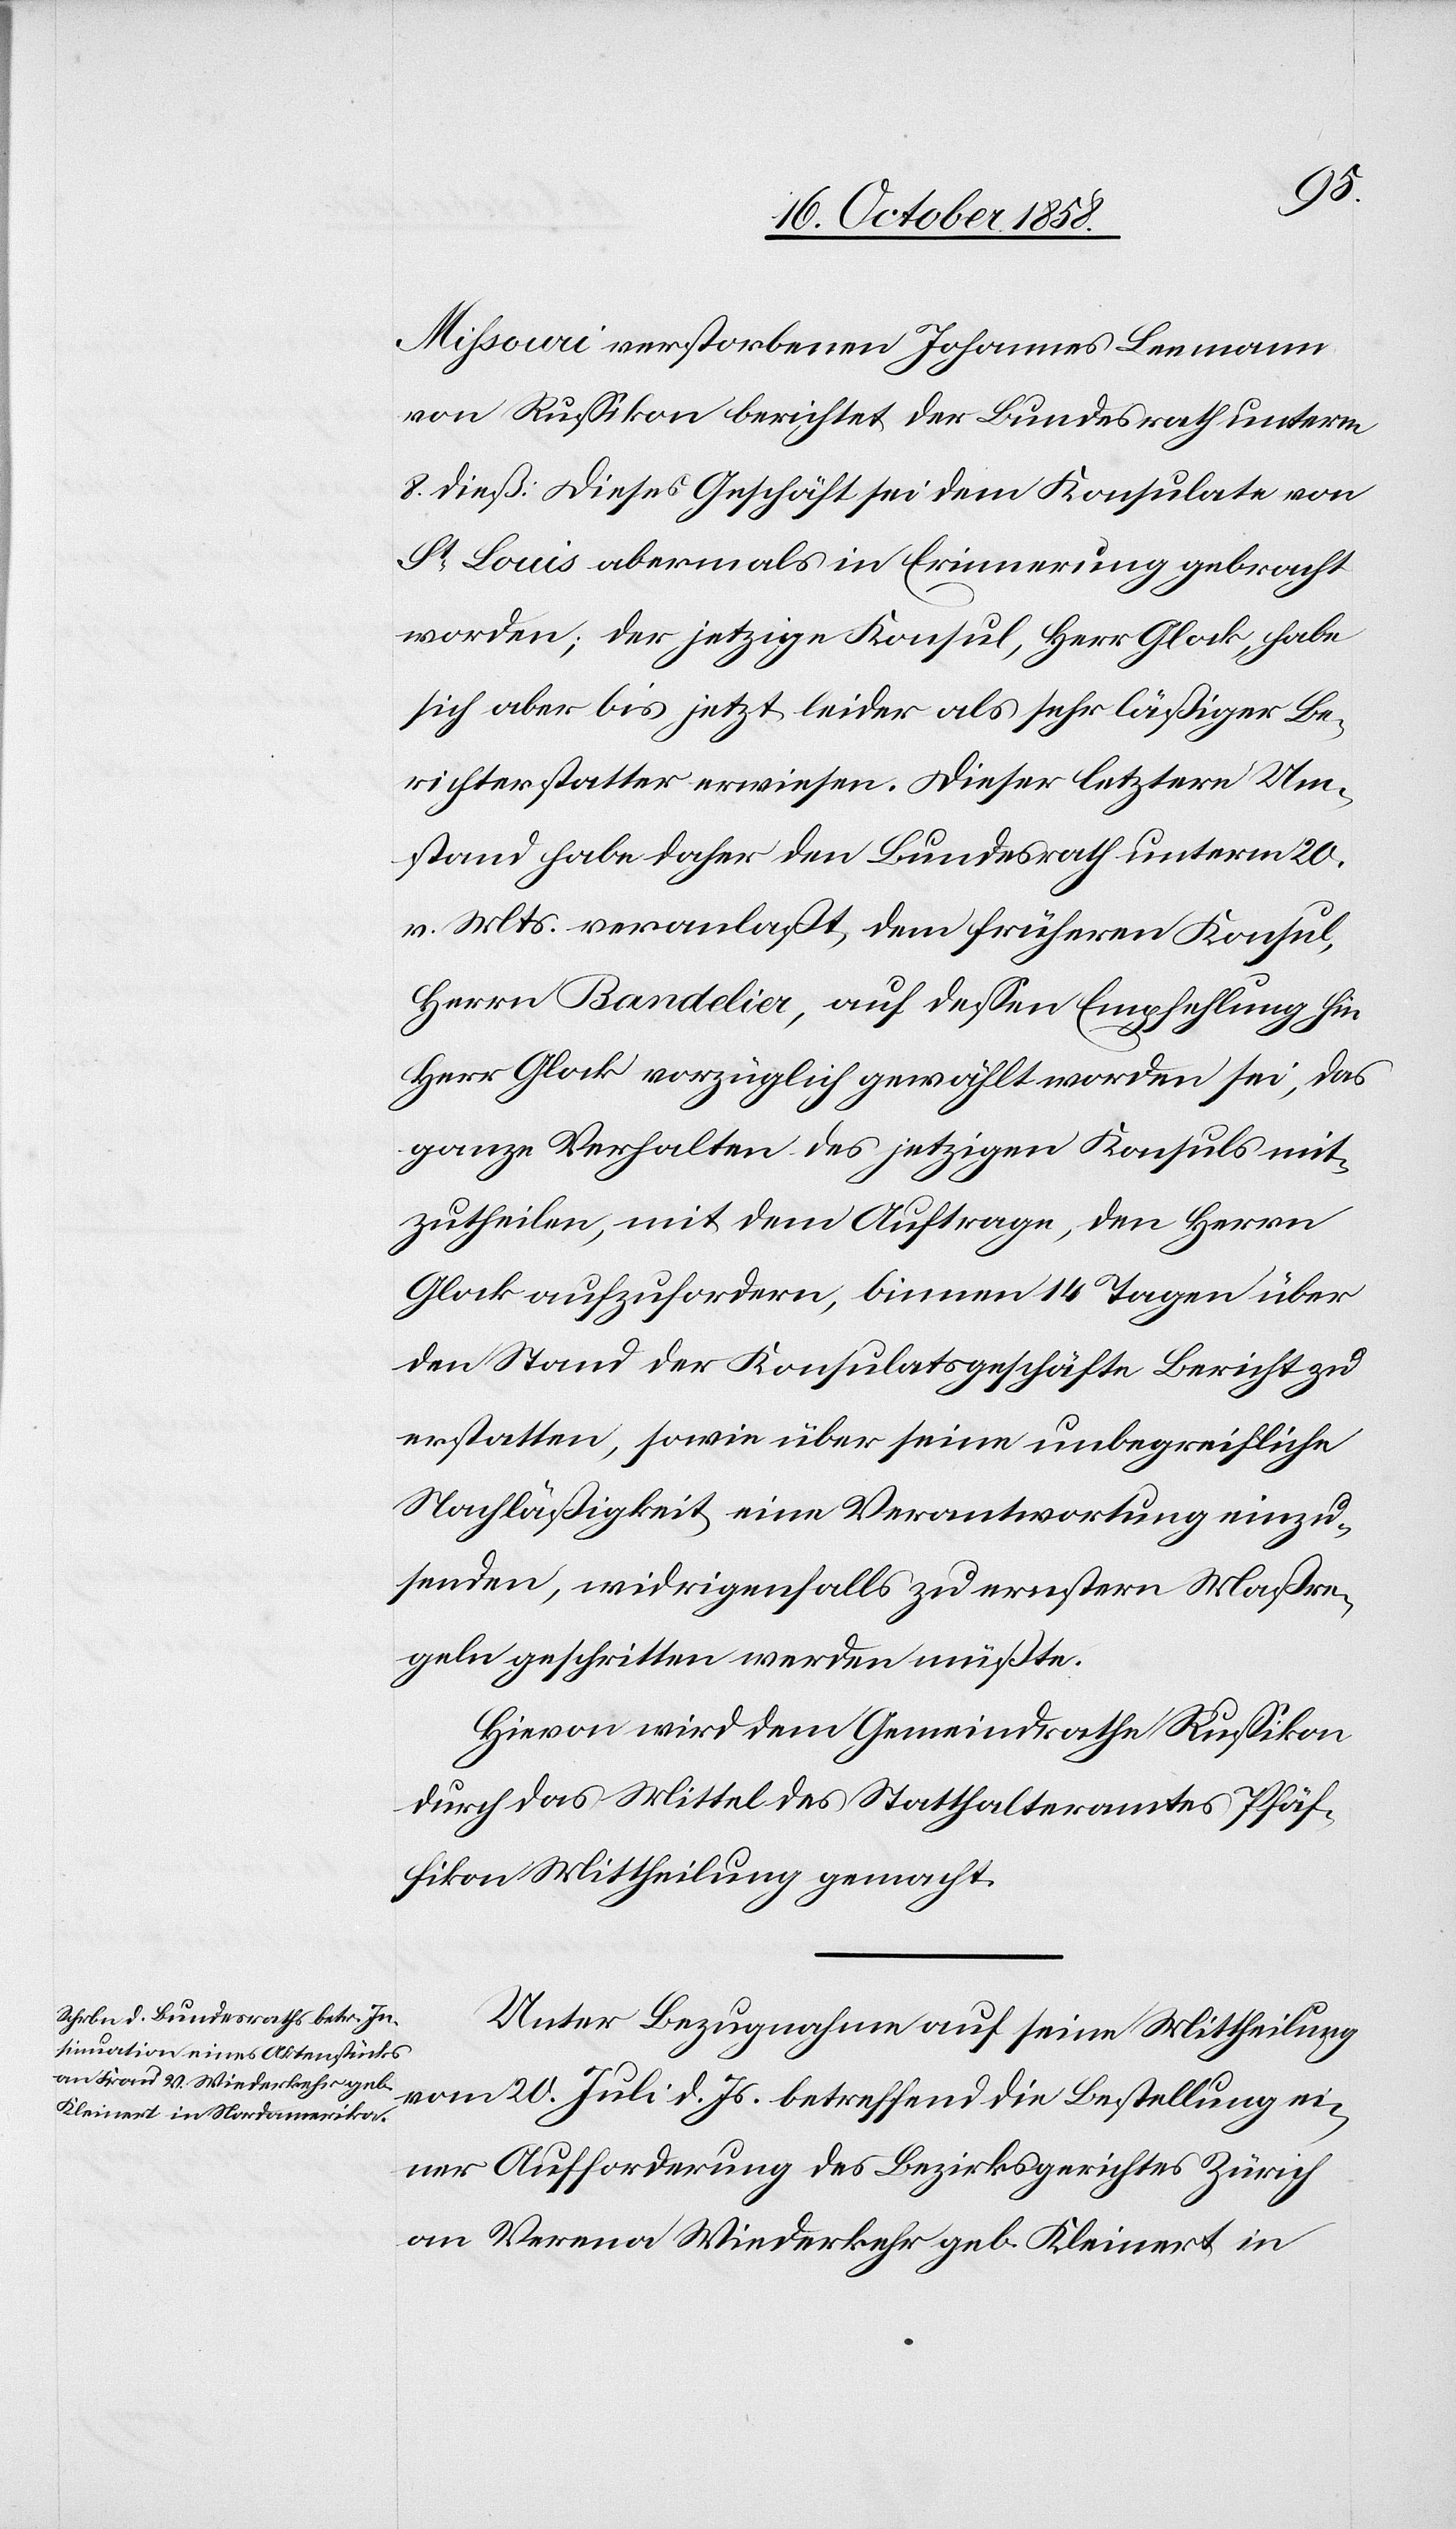
Missouri verstorbenen Johannes Leemann
von Russikon berichtet der Bundesrath unterm
8. dieß: Dieses Geschäft sei dem Konsulate von
St. Louis abermals in Erinnerung gebracht
worden; der jetzige Konsul, Herr Glock, habe
sich aber bis jetzt leider als sehr läßiger Be¬
richterstatter erwiesen. Dieser letztere Um¬
stand habe daher den Bundesrath unterm 20.
v. Mts. veranlaßt, dem früheren Konsul,
Herrn Bandelier, auf dessen Empfehlung hin
Herr Glock vorzüglich gewählt worden sei, das
ganze Verhalten des jetzigen Konsuls mit¬
zutheilen, mit dem Auftrage, den Herrn
Glock aufzufordern, binnen 14 Tagen über
den Stand der Konsulatsgeschäfte Bericht zu
erstatten, sowie über seine unbegreifliche
Nachläßigkeit eine Verantwortung einzu¬
senden, widrigenfalls zu ernstern Maßre¬
geln geschritten werden müßte.
Hievon wird dem Gemeindrathe Russikon
durch das Mittel des Statthalteramtes Pfäf¬
fikon Mittheilung gemacht.
Unter Bezugnahme auf seine Mittheilung
vom 20. Juli d. Js. betreffend die Bestellung ei¬
ner Aufforderung des Bezirksgerichtes Zürich
an Verena Wiederkehr geb. Kleinert in